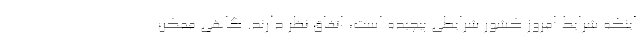
اینکه شرایط امروز کشور شرایطی پیچیده است، اتفاق نظر دارند. گاهی ممکن